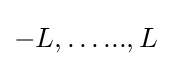
{-L,\dots ...,L}